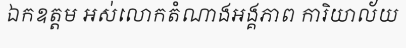
ឯកឧត្តម អស់លោកតំណាងអង្គភាព ការិយាល័យ